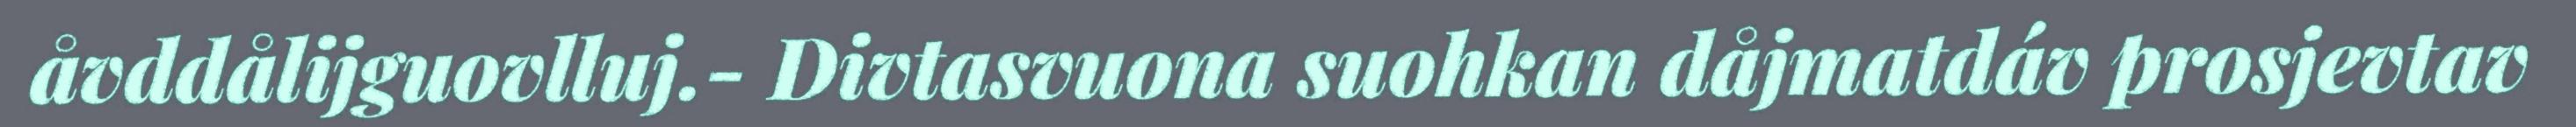
åvddålijguovlluj.- Divtasvuona suohkan dåjmatdáv prosjevtav